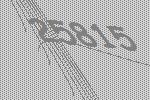
25815